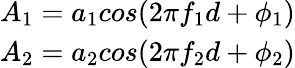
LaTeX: \begin{array}{r}{A_{1}=a_{1}cos(2\pi f_{1}d+\phi_{1})}\\ {A_{2}=a_{2}cos(2\pi f_{2}d+\phi_{2})}\end{array}